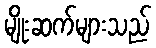
မျိုးဆက်များသည်